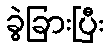
ခွဲခြားပြီး